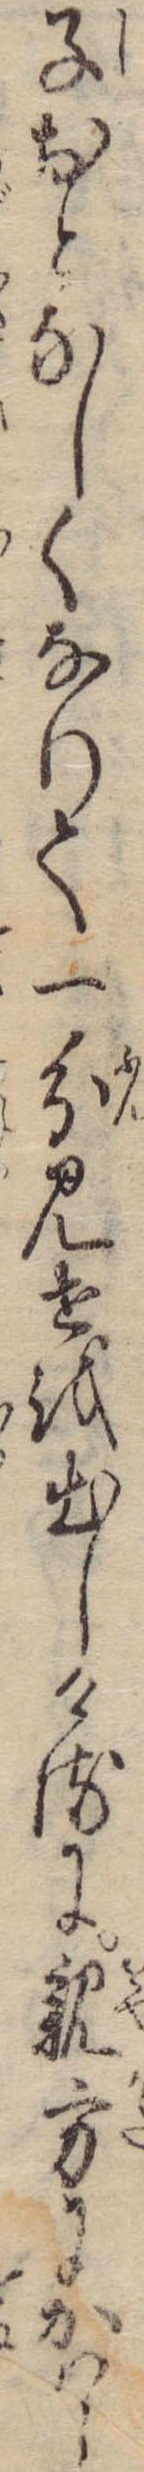
子おとなしくなりて一分見世を出しけるに親方にかはら